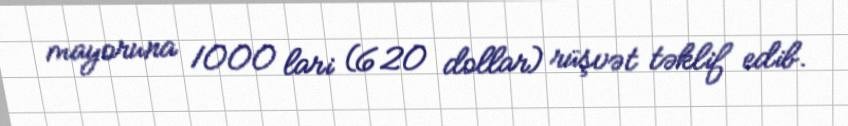
mayoruna 1000 lari (620 dollar) rüşvət təklif edib.